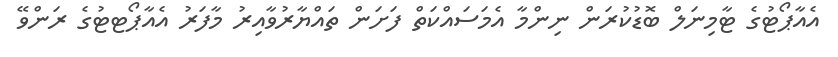
އެއާޕޯޓުގެ ޓާމިނަލް ބޮޑުކުރަން ނިންމާ އެމަސައްކަތް ފަށަން ތައްޔާރުވާއިރު މާފަރު އެއާޕޯޓޓުގެ ރަންވޭ